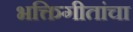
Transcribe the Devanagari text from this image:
भक्तिगीतांचा